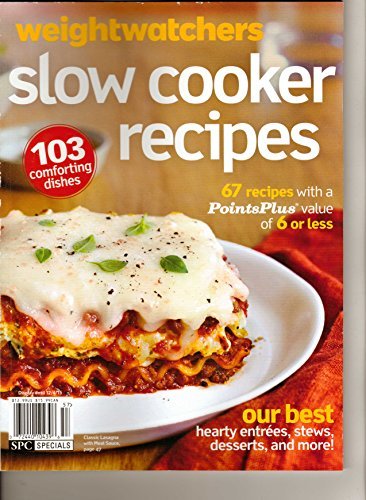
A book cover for Weight Watchers Slow Cooker Recipes Fall 2015; r; Health, Fitness & Dieting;